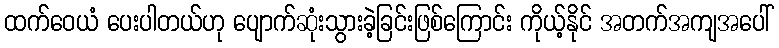
ထက်ဝေယံ ပေးပါတယ်ဟု ပျောက်ဆုံးသွားခဲ့ခြင်းဖြစ်ကြောင်း ကိုယ့်နိုင် အတက်အကျအပေါ်